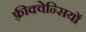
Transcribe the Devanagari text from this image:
फ़्रीक्वेन्सियों